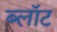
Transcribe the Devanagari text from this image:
ब्‍लॉट